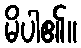
မိပါ၏။